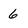
Character: 6